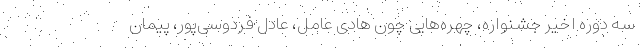
سه دوره اخیر جشنواره، چهره‌هایی چون هادی عامل، عادل فردوسی‌پور، پیمان